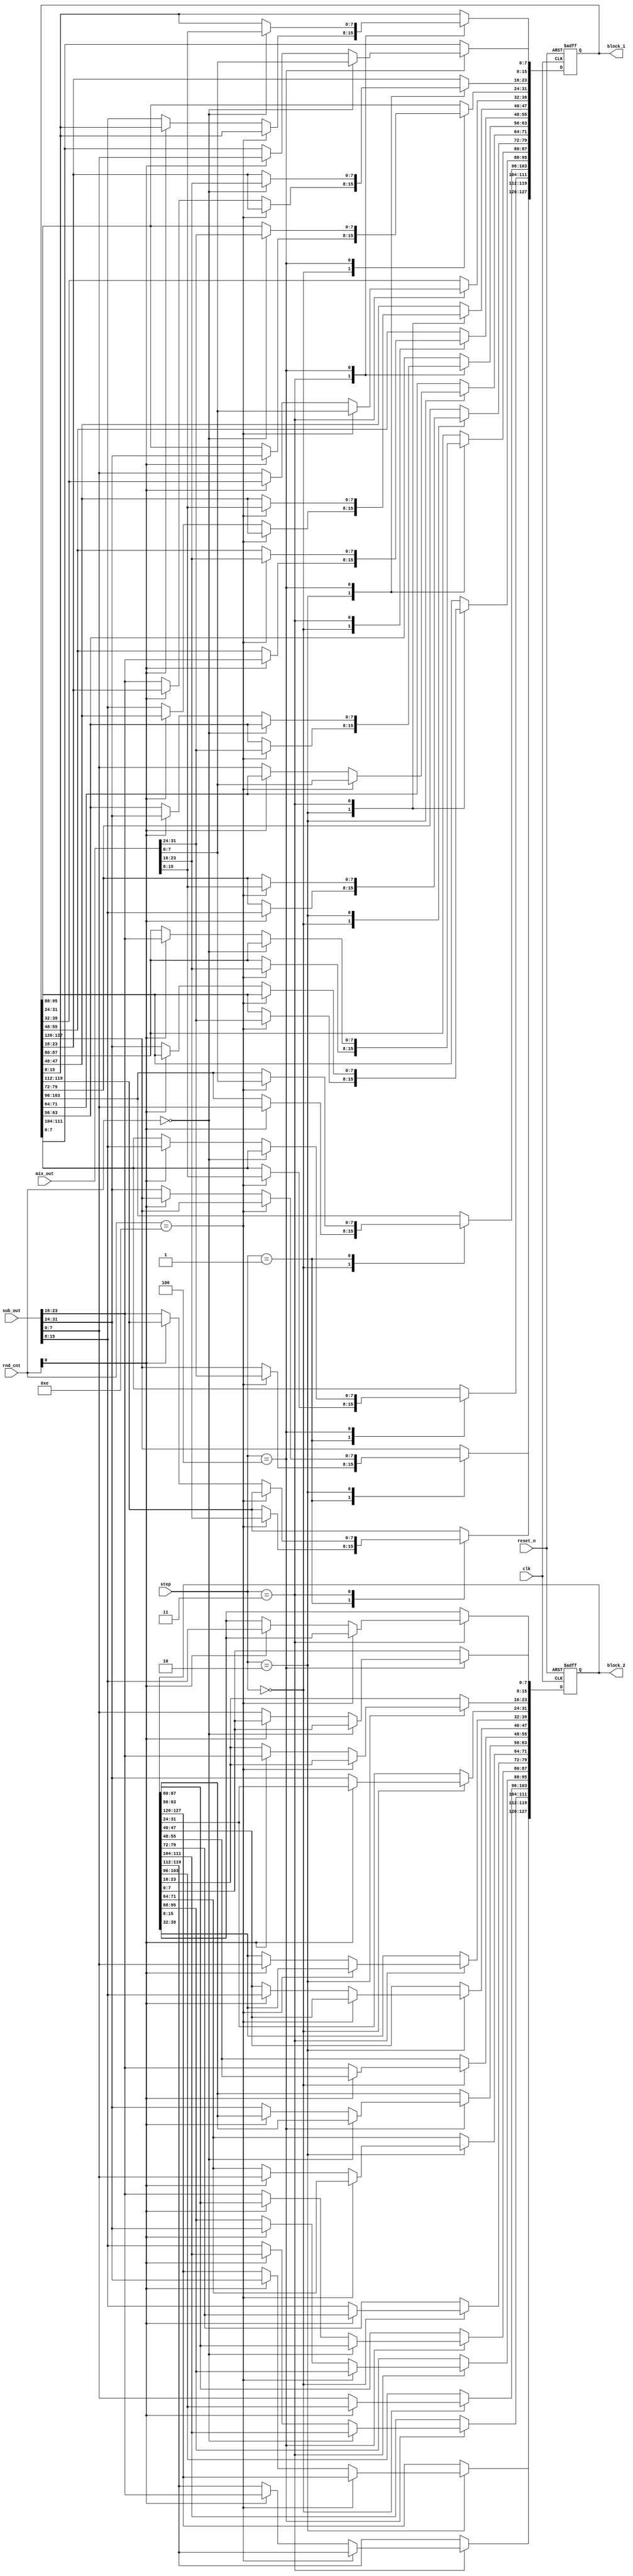
`timescale 1ns / 1ps

/*          
            Initial Matrix
    127:120 | 95:88 |  63:56  |  31:24
    119:112 | 87:80 |  55:48  |  23:16
    111:104 | 79:72 |  47:40  |  15:8
    103:96  | 71:64 |  39:32  |   7:0
    
            After Shift Rows
    127:120 |  95:88 |  63:56  |  31:24
     87:80  |  55:48 |  23:16  | 119:112
     47:40  |  15:8  | 111:104 |  79:72
      7:0   | 103:96 |  71:64  |  39:32
    
*/

// ---------- SHIFT ROWS and OUTPUT ----------

module shift_rows  (
                    clk,
                    reset_n,
                    rnd_cnt,
                    step,
                    sub_out,
                    mix_out,
                    block_1,            // output
                    block_2             // output
                    );


// ---------- MODULE INTERFACE ----------

input               clk;                // global clock
input               reset_n;            // global negative edge reset
input       [3:0]   rnd_cnt;            // round counter [0 to 14]
input       [2:0]   step;               // step counter [0 to 4]
input       [31:0]  sub_out;            // processed column after substitution bytes operation
input       [31:0]  mix_out;            // processed column after mix operation
output reg  [127:0] block_1;            // storage block used after first shift rows operation and to store final output(data_out)
output reg  [127:0] block_2;            // storage block used after second shift rows operation


// ---------- MODULE IMPLEMENTATION ----------

always @ (posedge clk or negedge reset_n)
  begin: SHIFT_ROWS
  
    if (!reset_n)                       // reset blocks registers
      begin
        block_1 <= 128'b0;
        block_2 <= 128'b0;
      end
      
    else
        case (step)
        
          0:  begin                         // Shift_3
                if(rnd_cnt[0] != 1'b0)      // for rounds 1,3...13
                  {block_1[31:24],block_1[55:48],block_1[79:72],block_1[103:96]} <= sub_out;
                else                        // for rounds 2,4...14
                  {block_2[31:24],block_2[55:48],block_2[79:72],block_2[103:96]} <= sub_out;
              end
                                            // data_out first column
          1:  if(rnd_cnt == 4'd14) block_1[127:96] <= mix_out;

          2:  begin                     
                if(rnd_cnt == 4'd14)        // data_out second column
                  block_1[95:64] <= mix_out;
                else
                  begin                     // Shift_0
                    if(rnd_cnt[0] == 1'b0)  // for rounds 0,2...12
                      {block_1[127:120],block_1[23:16],block_1[47:40],block_1[71:64]} <= sub_out;
                    else                    // for rounds 1,3..13
                      {block_2[127:120],block_2[23:16],block_2[47:40],block_2[71:64]} <= sub_out;
                  end    
              end

          3:  begin                     
                if(rnd_cnt == 4'd14)        // data_out third column
                block_1[63:32] <= mix_out;
                else
                  begin                     // Shift_1
                    if(rnd_cnt[0] == 1'b0)  // for rounds 0,2...12
                      {block_1[95:88],block_1[119:112],block_1[15:8],block_1[39:32]} <= sub_out;
                    else                    // for rounds 1,3..13
                      {block_2[95:88],block_2[119:112],block_2[15:8],block_2[39:32]} <= sub_out;
                  end
              end

          4:  begin                     
                if(rnd_cnt == 4'd0)         // data_out fourth column
                  block_1[31:0] <= mix_out;
                else
                  begin                     // Shift_2
                    if(rnd_cnt[0] == 1'b1)  // for rounds 0,2...12
                      {block_1[63:56],block_1[87:80],block_1[111:104],block_1[7:0]} <= sub_out;
                    else                    // for rounds 1,3..13
                      {block_2[63:56],block_2[87:80],block_2[111:104],block_2[7:0]} <= sub_out;
                  end                
              end

        endcase

  end


endmodule